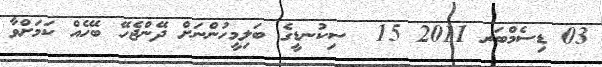
03 ޑިސެމްބަރ 2011 15  ސިކުނޑީގެ ބަލިމީހުންނަށް ދޭންޖެހޭ ބޭހެއް ކަމަށްވާ